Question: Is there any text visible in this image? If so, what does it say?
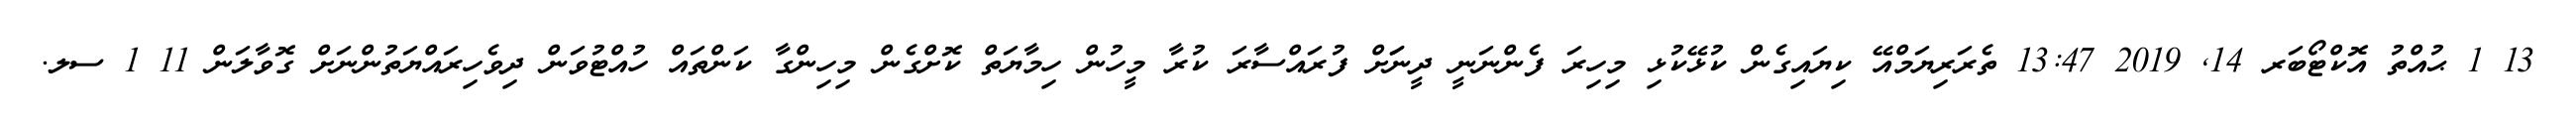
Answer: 13 1 ޙުއްތު އޮކްޓޯބަރ 14, 2019 13:47 ތެރަރިޔަމްއޭ ކިޔައިގެން ކުޅޭކުޅި މިހިރަ ފެންނަނީ ދީނަަށް ފުރައްސާރަ ކުރާ މީހުން ހިމާޔަތް ކޮށްގެން މިހިންގާ ކަންތައް ހުއްޓުވަން ދިވެހިރައްޔަތުންނަށް ގޮވާލަން 11 1 ސލ.